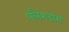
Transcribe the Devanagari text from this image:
फ्लैशडांस